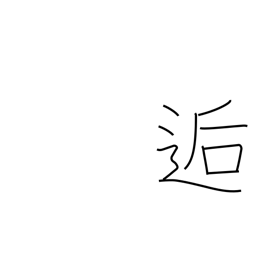
Meaning: meet